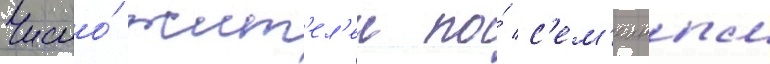
Число́ жит'ел'еи по́ с'ем'еиным